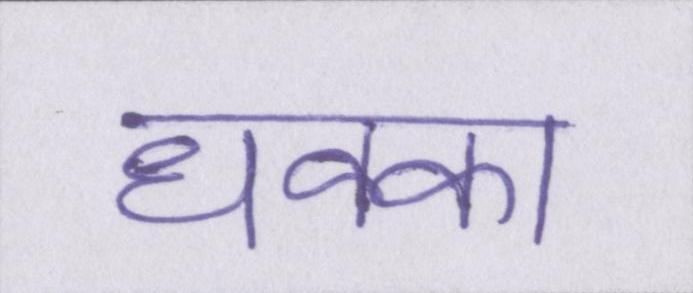
धक्का